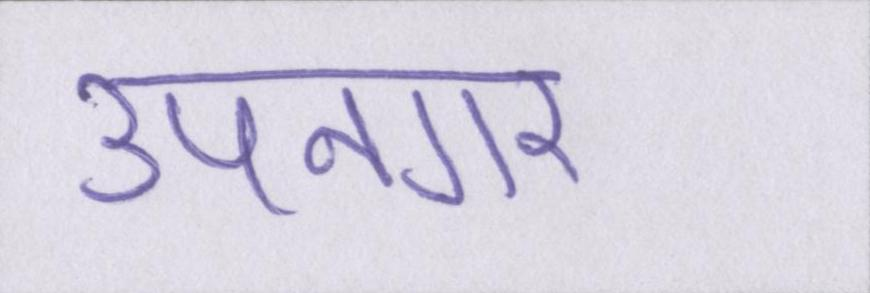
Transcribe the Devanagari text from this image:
उपनगर